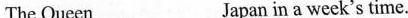
The Queen___Japan in a week's time.